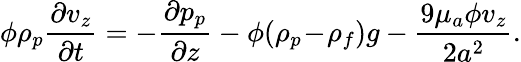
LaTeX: \phi\rho_{p}\frac{\partial v_{z}}{\partial t}=-\frac{\partial p_{p}}{\partial z}-\phi(\rho_{p}\! -\! \rho_{f})g-\frac{9\mu_{a}\phi v_{z}}{2a^{2}}.